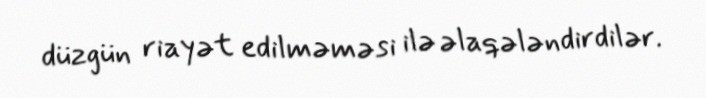
düzgün riayət edilməməsi ilə əlaqələndirdilər.